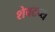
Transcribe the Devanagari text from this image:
शेवटच्य